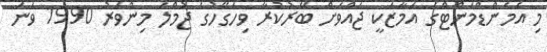
މި އެމެންޑްމަންޓްގެ އަމާޒަކީ ޖައްވަށް ބޭރުކުރާ ވިހަގޭހުގެ ޖުމްލަ މިންވަރު 1990 ވަނަ